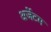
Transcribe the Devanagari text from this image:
अर्जेटम